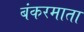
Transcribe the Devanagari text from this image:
बंकरमाता